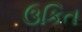
ઉકિત